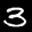
Label: 3